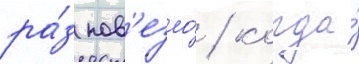
ра́з пов'езло́ / когда́